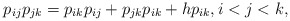
\begin{gather*}p_{ij} p_{jk}=p_{ik} p_{ij} + p_{jk} p_{ik}+ h p_{ik}, i < j < k,\end{gather*}